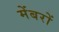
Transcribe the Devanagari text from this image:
मेंबरों